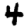
Digit: 4